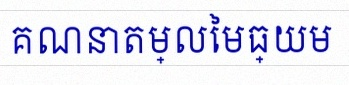
គណនាតម្លៃមធ្យម